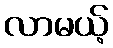
လာမယ့်